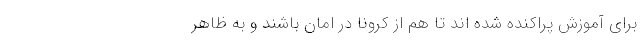
برای آموزش پراکنده شده اند تا هم از کرونا در امان باشند و به ظاهر